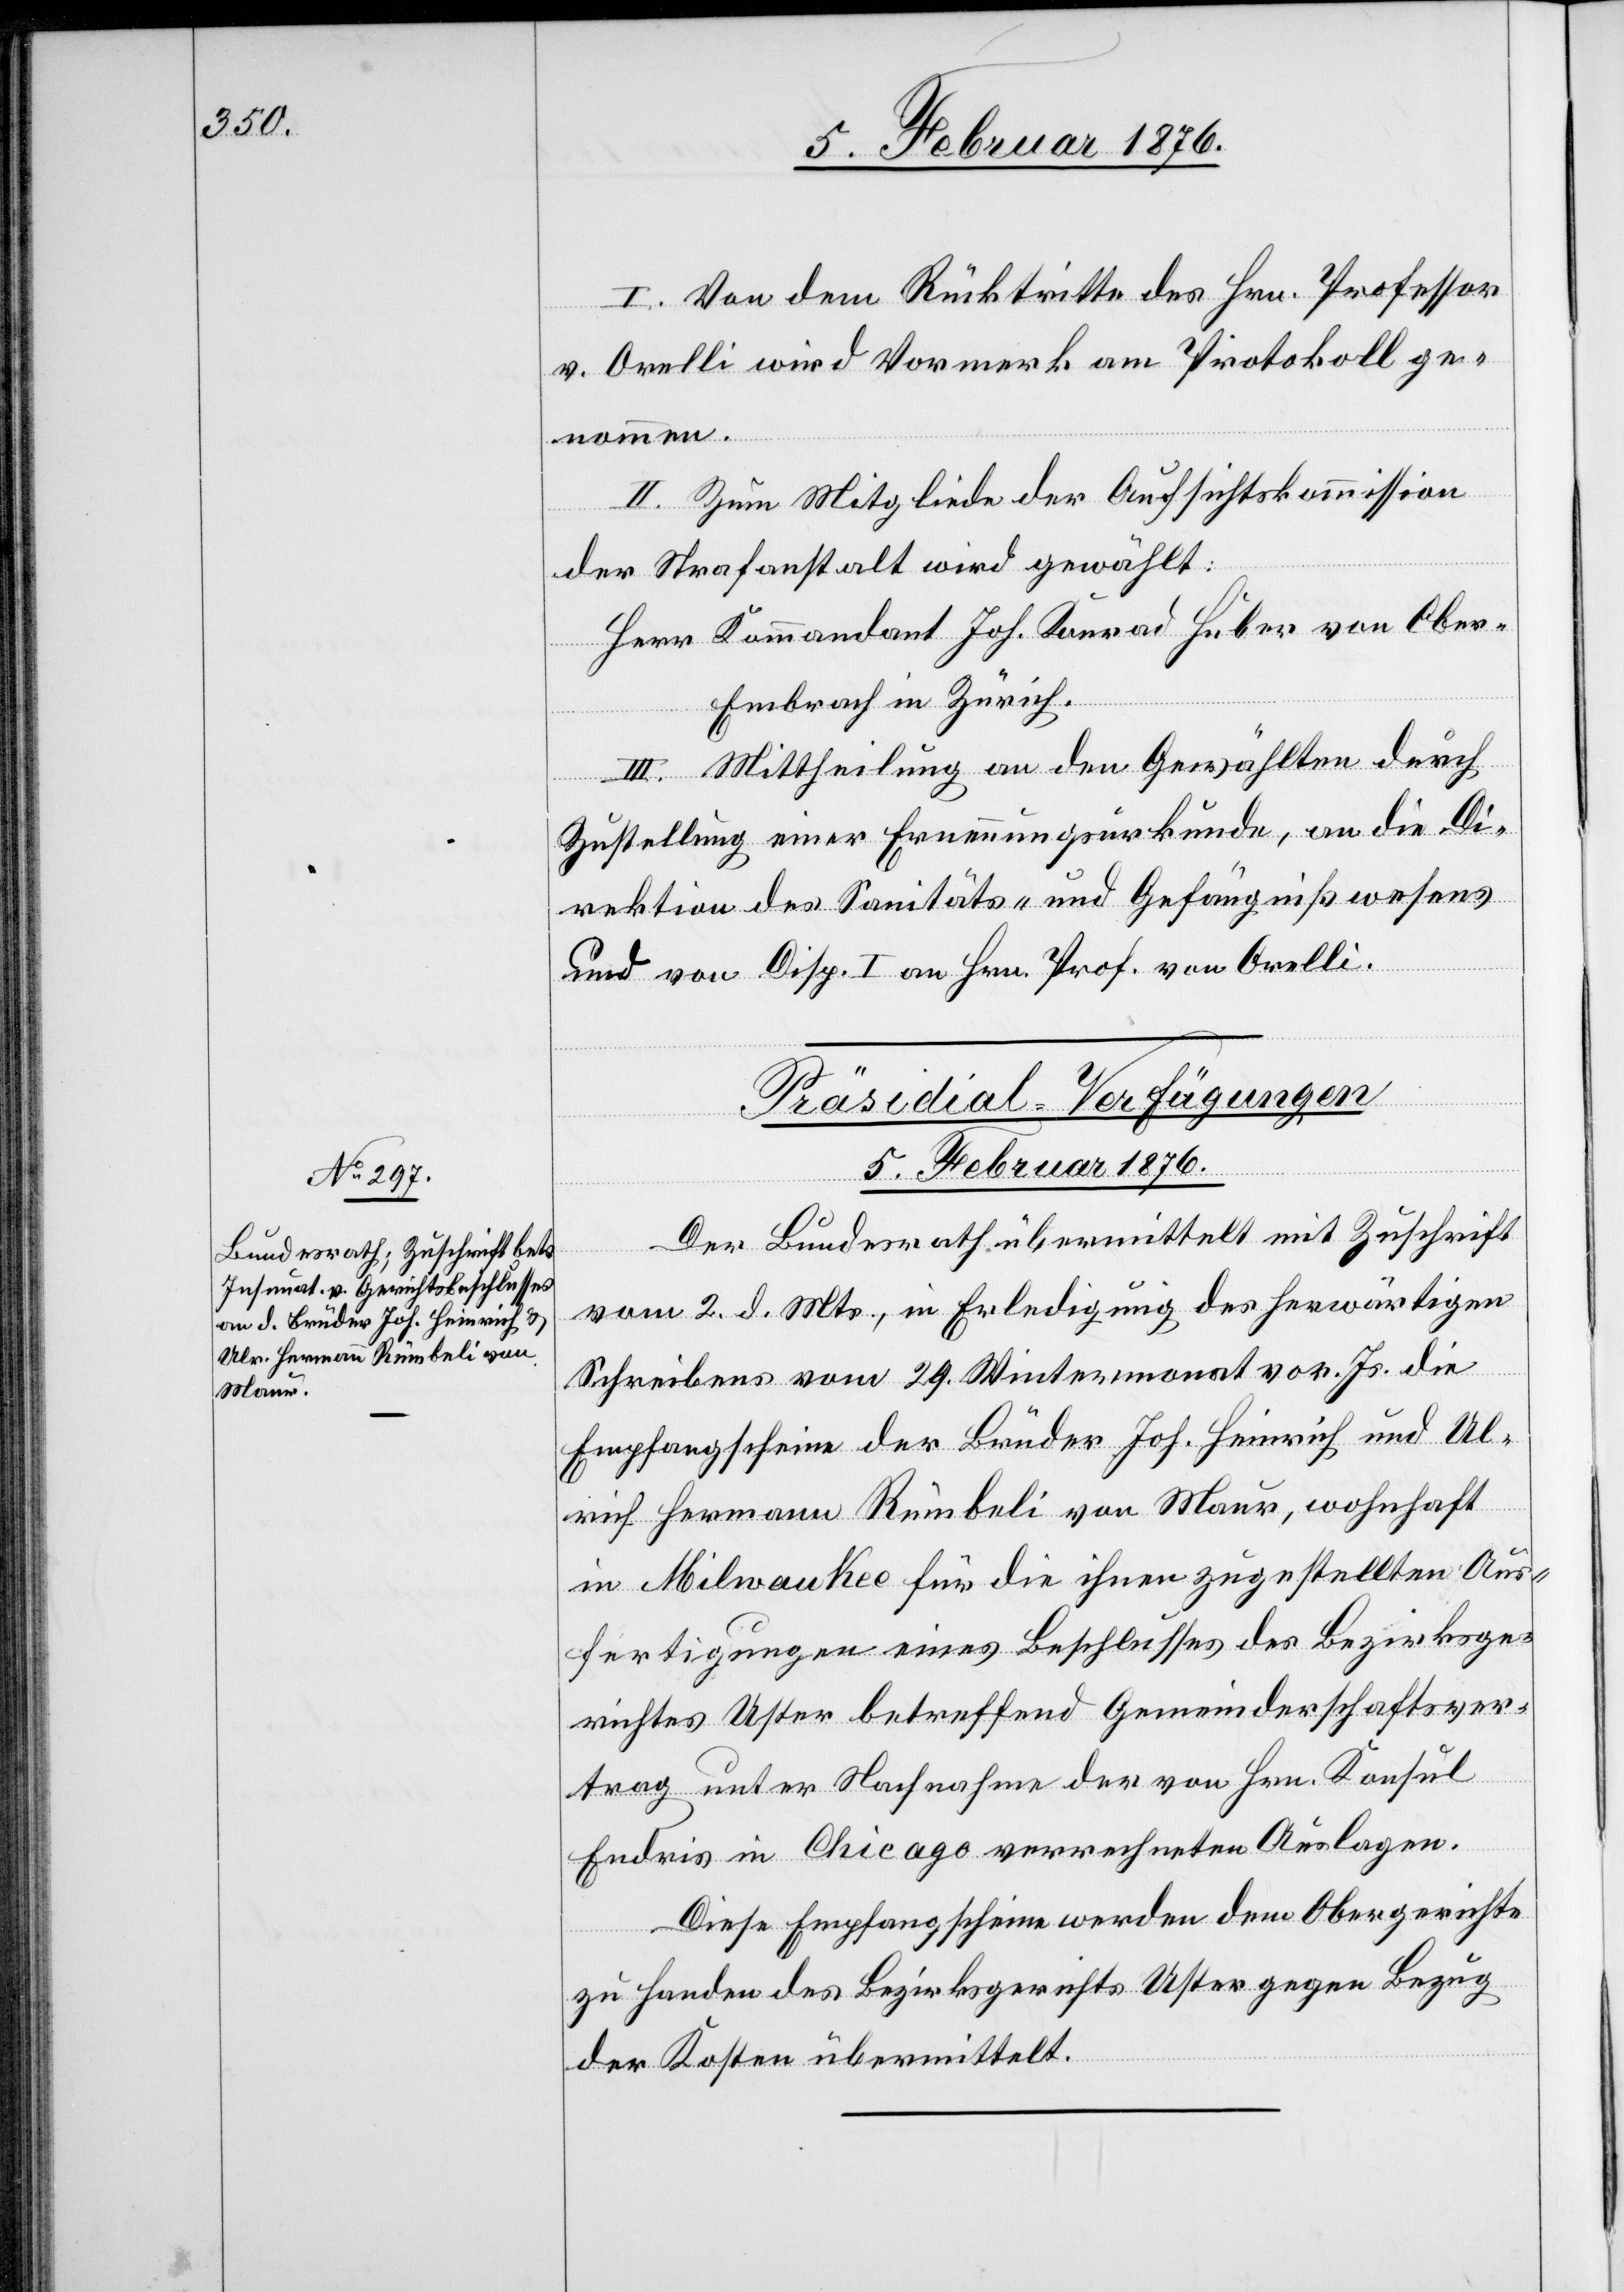
I. Von dem Rücktritt des Hrn. Professor
v. Orelli wird Vormerk am Protokoll ge¬
nommen.
II. Zum Mitgliede der Aufsichtskommission
der Strafanstalt wird gewählt:
Herr Kommandant Joh. Konrad Huber von Obe¬
r-Embrach in Zürich.
III. Mittheilung an den Gewählten durch
Zutheilung einer Ernennungsurkunde, an die Di¬
rektion des Sanitäts- und Gefängniswesens
und von Disp. I. Hrn. Prof. von Orelli.
Präsidial-Verfügungen
5. Februar 1876.
Der Bundesrath übermittelt mit Zuschrift
vom 2. d. Mts., in Erledigung des herwärtigen
Schreibens vom 29. Wintermonat vor. Js. die
Empfangsscheine der Brüder Joh. Heinrich und Ul¬
rich Hermann Rümbeli von Maur, wohnhaft
in Milwaukee für die ihnen zugestellten Aus¬
fertigungen eines Beschlusses des Bezirksge¬
richtes Uster betreffend Gemeinderschaftsver¬
trag unter Nachnahme der von Hrn. Konsul
Endris in Chicago verrechneten Auslagen.
Diese Empfangsscheine werden dem Obergerichte
zu Handen des Bezirksgerichts Uster gegen Bezug
der Kosten übermittelt.